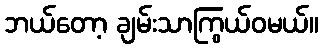
ဘယ်တော့ ချမ်းသာကြွယ်ဝမယ်။